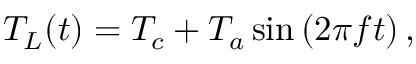
T _ { L } ( t ) = T _ { c } + T _ { a } \sin \left( 2 \pi f t \right) ,